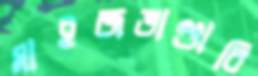
মাইজভাণ্ডারি